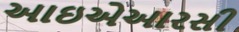
આઇએઆરસી